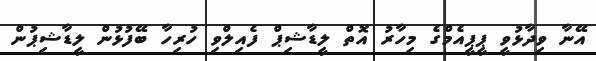
އޭނާ ވިދާޅުވީ ޕީޕީއެމްގެ މިހާރު އޮތް ލީޑާޝިޕް ފެއިލްވި ހުރިހާ ބޭފުޅުން ލީޑާޝިޕުން